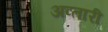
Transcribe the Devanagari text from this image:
अव्तारी